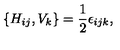
\{ H _ { i j } , V _ { k } \} = \frac { 1 } { 2 } \epsilon _ { i j k } ,